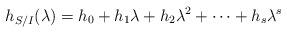
LaTeX: \begin{align*}h_{S/I}(\lambda) = h_0 + h_1\lambda + h_2\lambda^2 + \cdots + h_s\lambda^s\end{align*}